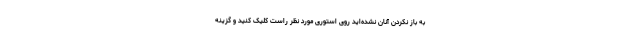
به باز نکردن آنان نشده‌اید روی استوری مورد نظر راست کلیک کنید و گزینه